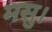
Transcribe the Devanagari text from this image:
मसु।